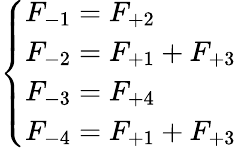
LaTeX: \left\{ \begin{array}{ll}{F_{-1}=F_{+2}}\\ {F_{-2}=F_{+1}+F_{+3}}\\ {F_{-3}=F_{+4}}\\ {F_{-4}=F_{+1}+F_{+3}}\end{array}\right.